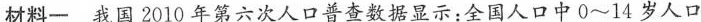
材料一我国2010年第六次人口普查数据显示：全国人口中0~14岁人口